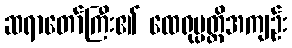
ဆရာတော်ကြီး၏ ထေရုပ္ပတ္တိအကျဉ်း